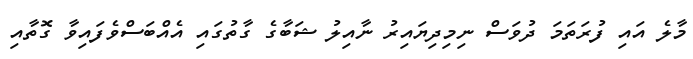
މާލެ އައި ފުރަތަމަ ދުވަސް ނިމިދިޔައިރު ނާއިލު ޝަބާގެ ގާތުގައި އެއްބަސްވެފައިވާ ގޮތާއި